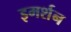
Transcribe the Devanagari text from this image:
इमर्शन